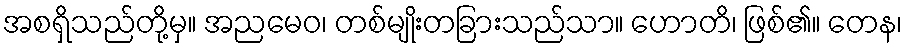
အစရှိသည်တို့မှ။ အညမေဝ၊ တစ်မျိုးတခြားသည်သာ။ ဟောတိ၊ ဖြစ်၏။ တေန၊